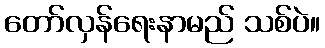
တော်လှန်ရေးနာမည် သစ်ပဲ။